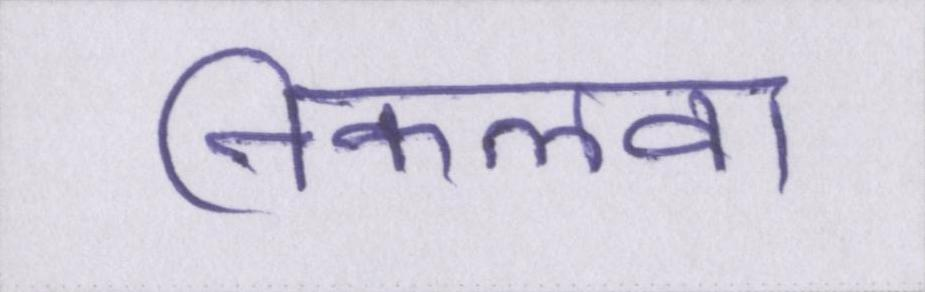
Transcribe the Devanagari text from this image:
निकलवा